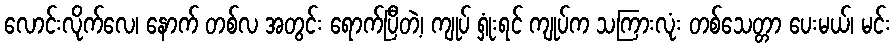
လောင်းလိုက်လေ၊ နောက် တစ်လ အတွင်း ရောက်ပြီတဲ့၊ ကျုပ် ရှုံးရင် ကျုပ်က သကြားလုံး တစ်သေတ္တာ ပေးမယ်၊ မင်း